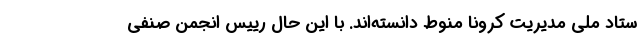
ستاد ملی مدیریت کرونا منوط دانسته‌اند. با این حال رییس انجمن صنفی